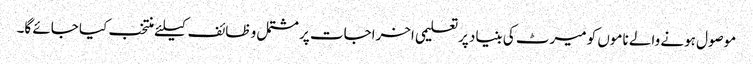
موصول ہونے والے ناموں کو میرٹ کی بنیاد پرتعلیمی اخراجات پر مشتمل و ظائف کیلئے منتخب کیا جائے گا۔